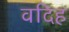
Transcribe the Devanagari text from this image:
वदिह